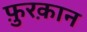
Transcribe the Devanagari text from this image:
फ़ुरक़ान